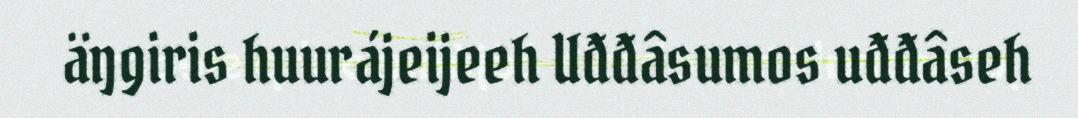
äŋgiris huurájeijeeh Uđđâsumos uđđâseh